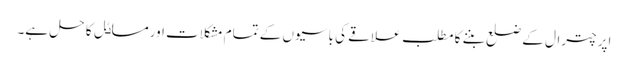
اپر چترال کے ضلع بننے کا مطلب علاقے کی باسیوں کے تمام مشکلات اورمساٸل کا حل ہے۔